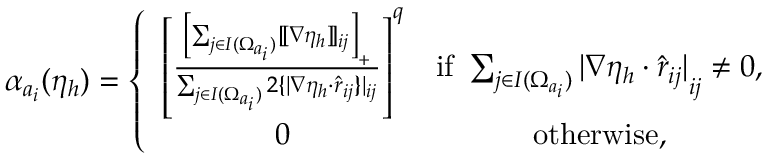
\alpha _ { { \boldsymbol a } _ { i } } ( \eta _ { h } ) = \left\{ \begin{array} { c c } { \left[ \frac { \left[ { \sum _ { j \in I ( \Omega _ { { \boldsymbol a } _ { i } } ) } [ \! [ \nabla \eta _ { h } ] \! ] _ { i j } } \right] _ { + } } { \sum _ { j \in I ( \Omega _ { { \boldsymbol a } _ { i } } ) } 2 \{ \! \! \{ | \nabla \eta _ { h } \cdot \hat { \boldsymbol { r } } _ { i j } \} \! \! \} | _ { i j } } \right] ^ { q } } & { \mathrm { i f ~ } \sum _ { j \in I ( \Omega _ { { \boldsymbol a } _ { i } } ) } { { | \nabla \eta _ { h } \cdot \hat { \boldsymbol { r } } _ { i j } | } } _ { i j } \neq 0 , } \\ { 0 } & { \mathrm { o t h e r w i s e } , } \end{array} \right.